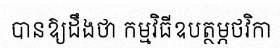
បានឱ្យដឹងថា កម្មវិធីឧបត្ថម្ភថវិកា